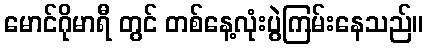
မောင်ဂိုမာရီ တွင် တစ်နေ့လုံးပွဲကြမ်းနေသည်။